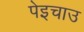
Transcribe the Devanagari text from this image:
पेइचाउ